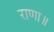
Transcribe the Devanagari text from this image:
राणा॥